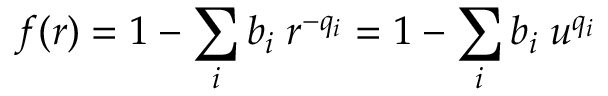
f ( r ) = 1 - \sum _ { i } b _ { i } \; r ^ { - q _ { i } } = 1 - \sum _ { i } b _ { i } \; u ^ { q _ { i } }